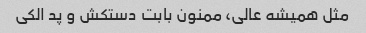
مثل همیشه عالی، ممنون بابت دستکش و پد الکی